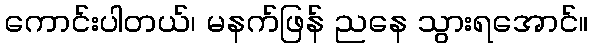
ကောင်းပါတယ်၊ မနက်ဖြန် ညနေ သွားရအောင်။